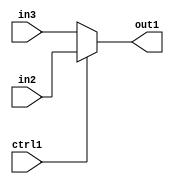
`timescale 1ps / 1ps
/*****************************************************************************
    Verilog RTL Description
    
    
    Created by: Stratus DpOpt 2019.1.01 
*******************************************************************************/

module dut_N_Mux_32_2_2_1 (
	in3,
	in2,
	ctrl1,
	out1
	); /* architecture "behavioural" */ 
input [31:0] in3,
	in2;
input  ctrl1;
output [31:0] out1;
wire [31:0] asc001;

reg [31:0] asc001_tmp_0;
assign asc001 = asc001_tmp_0;
always @ (ctrl1 or in2 or in3) begin
	case (ctrl1)
		1'B1 : asc001_tmp_0 = in2 ;
		default : asc001_tmp_0 = in3 ;
	endcase
end

assign out1 = asc001;
endmodule

/* CADENCE  uLT5QwA= : u9/ySgnWtBlWxVPRXgAZ4Og= ** DO NOT EDIT THIS LINE ******/